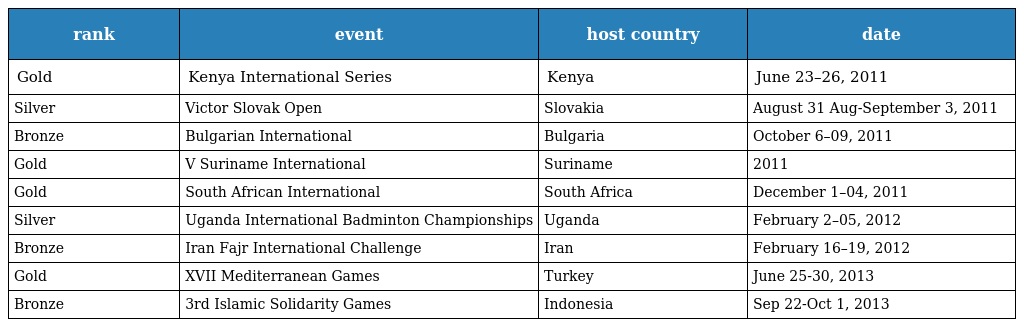
| rank | event | host country | date |
 | --- | --- | --- | --- |
 | Gold | Kenya International Series | Kenya | June 23–26, 2011 |
 | Silver | Victor Slovak Open | Slovakia | August 31 Aug-September 3, 2011 |
 | Bronze | Bulgarian International | Bulgaria | October 6–09, 2011 |
 | Gold | V Suriname International | Suriname | 2011 |
 | Gold | South African International | South Africa | December 1–04, 2011 |
 | Silver | Uganda International Badminton Championships | Uganda | February 2–05, 2012 |
 | Bronze | Iran Fajr International Challenge | Iran | February 16–19, 2012 |
 | Gold | XVII Mediterranean Games | Turkey | June 25-30, 2013 |
 | Bronze | 3rd Islamic Solidarity Games | Indonesia | Sep 22-Oct 1, 2013 |